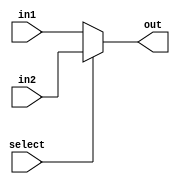
`timescale 1ns / 1ps
//////////////////////////////////////////////////////////////////////////////////
// Company: 
// Engineer: 
// 
// Design Name: 
// Module Name:    mux_2_1 
// Project Name: 
// Target Devices: 
// Tool versions: 
// Description: 
//
// Dependencies: 
//
// Revision: 
// Revision 0.01 - File Created
// Additional Comments: 
//
//////////////////////////////////////////////////////////////////////////////////
module mux_2_1(out, select, in1, in2);
parameter width = 5;
	
	output [width-1:0] out;
	input select;
	input [width-1:0] in1;
	input [width-1:0] in2;
	
	//N bit wide 2 to 1 Mux
	assign out = select ? in2:in1;

endmodule